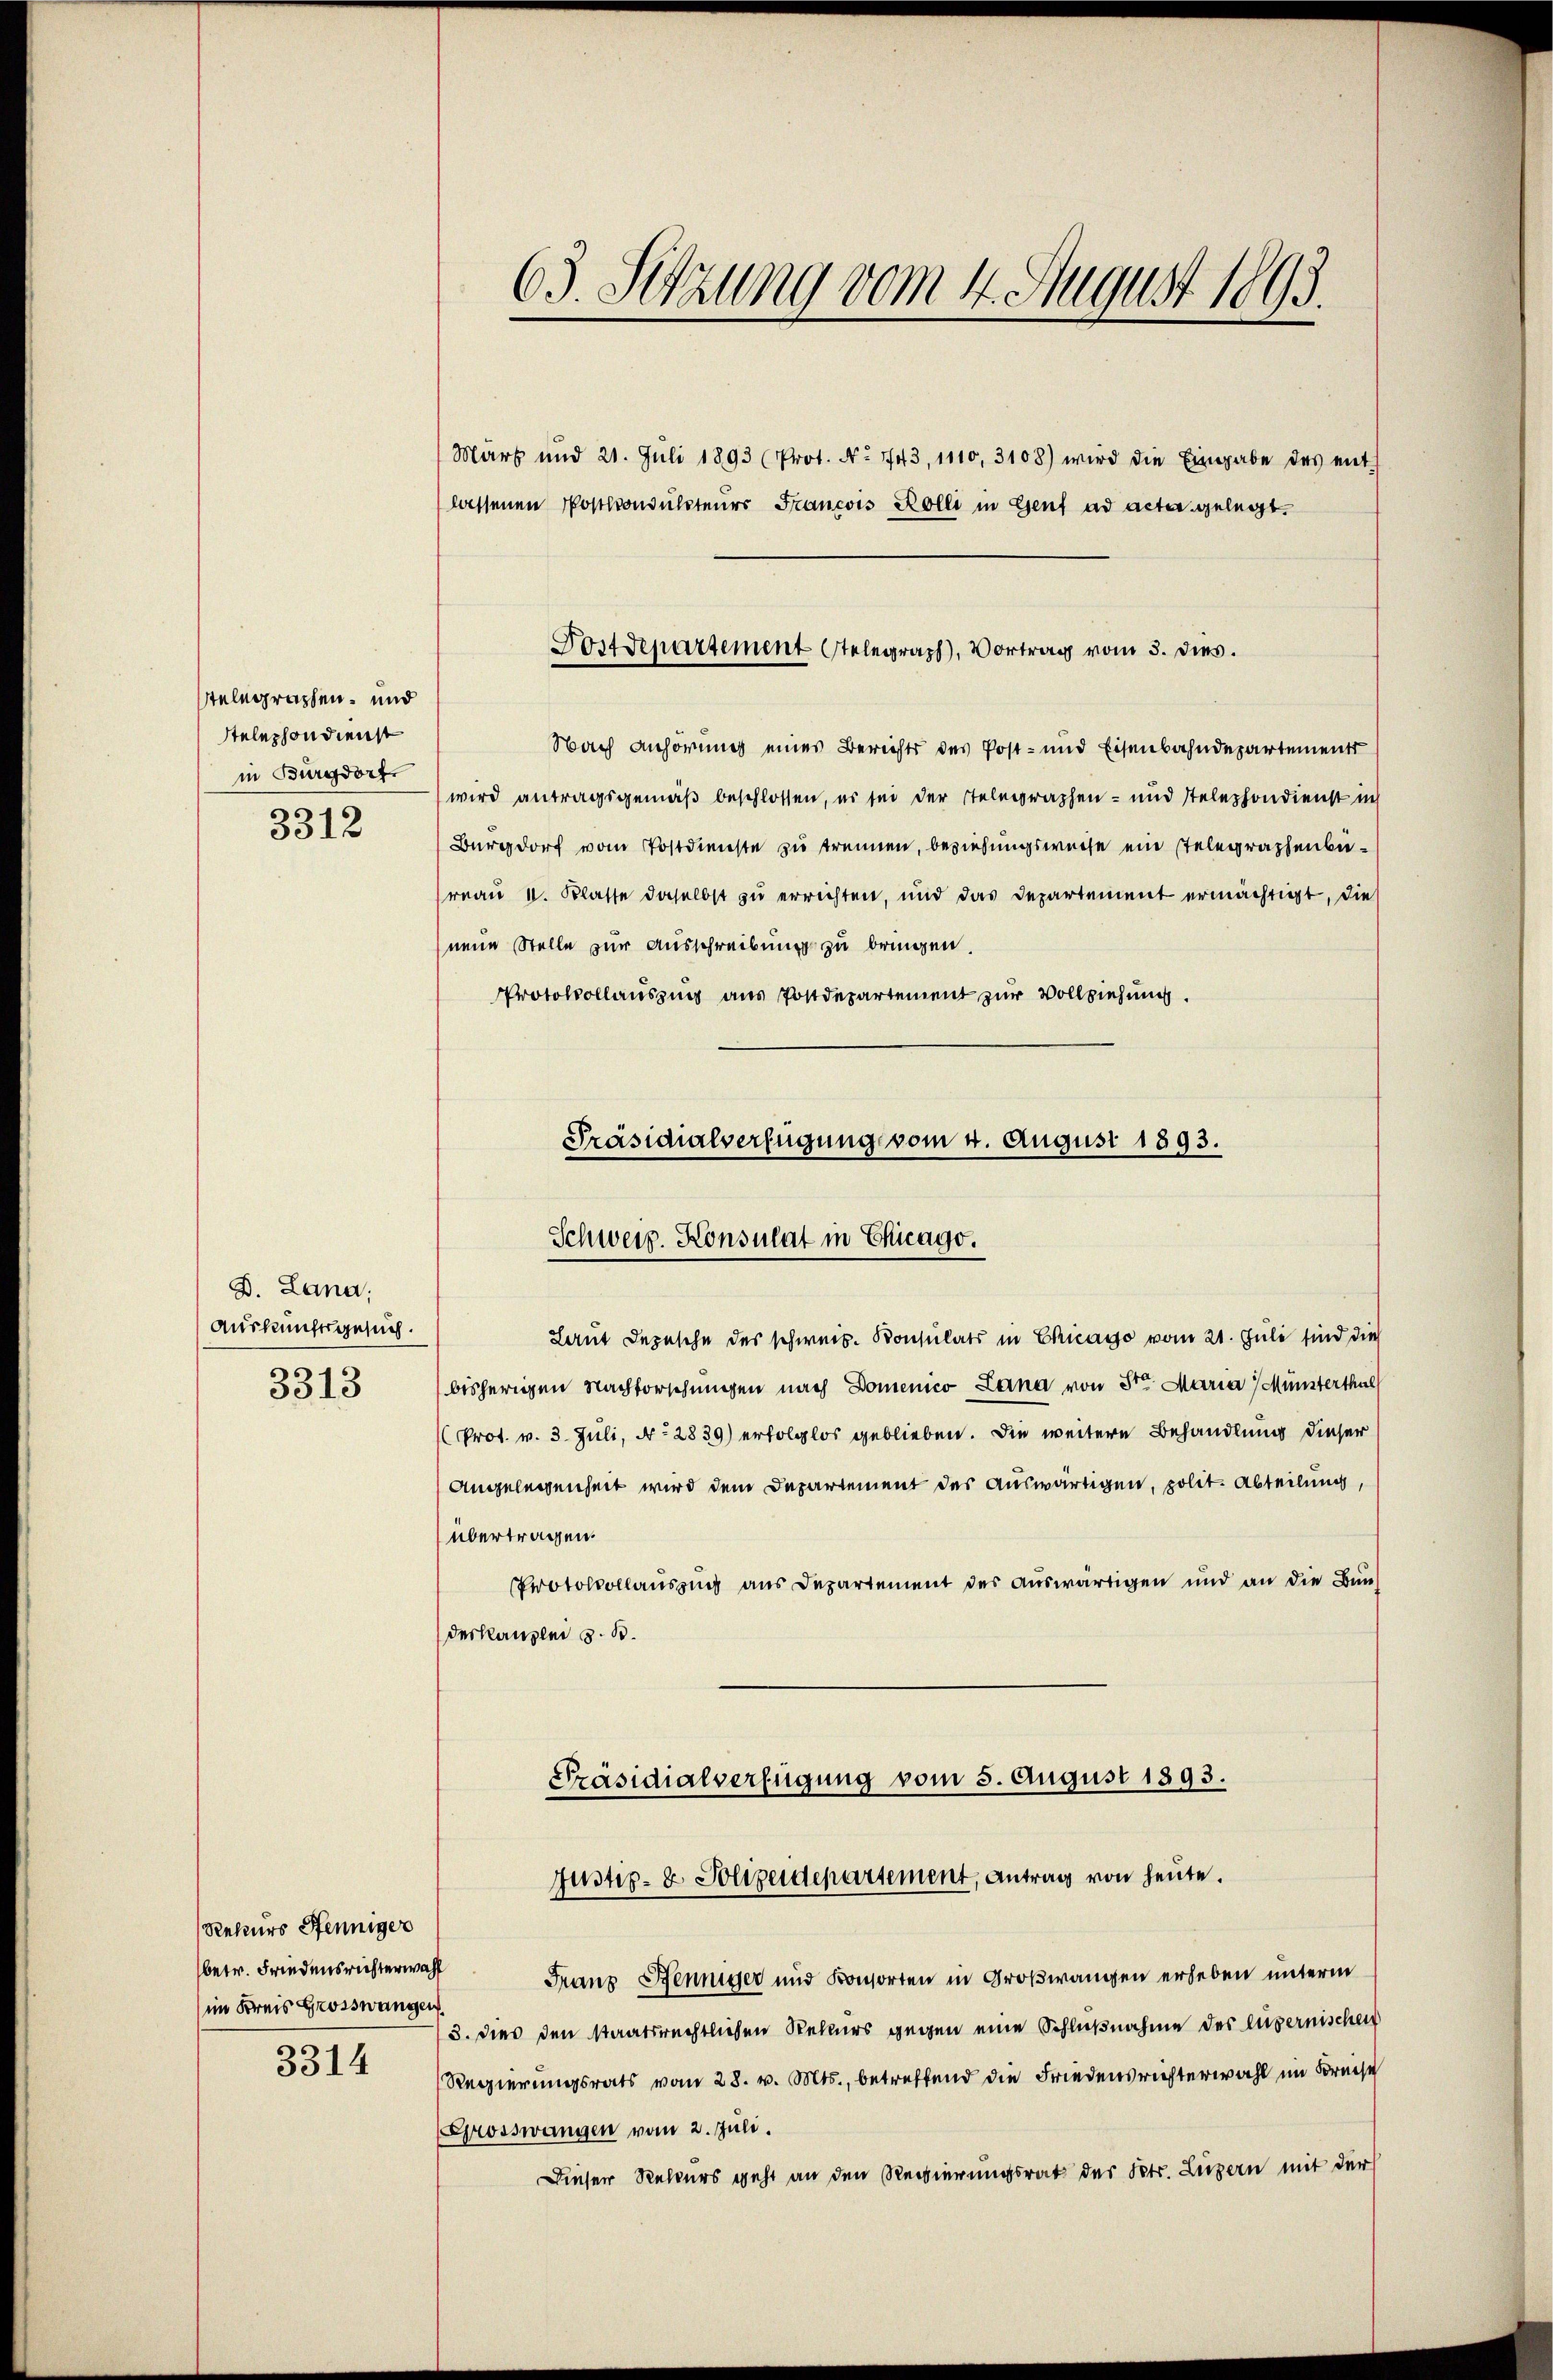
telegraphen- und
stelephon dienst
in Burgdorf.
3312

D. Lana;
Auskunftsgesuch.
3313

Rekurs Pfenniger
betr. Friedensrichterwahl
im Kreis Grosswangen
3314

März und 21. Juli 1893 (Prot. No. 1743, 1110, 3108) wird die Eingabe des ents
lassenen Postkonsulateurs Francois Kolli in Genf ad acta gelegt.
Nach Anhörung eines Berichts des Post- und Eisenbahndepartements
wird antragsgemäß beschlossen, es sei der Telegraphen- und stelephondienst in
Burgdorf vom Postdienste zu trennen, beziehungsweise ein Telegraphenbereau 1. Klasse daselbst zu errichten, und das Departement ermächtigt, die
neue Stelle zur Ausschreibung zu bringen.
Protokollauszug aus Postdepartement zur Vollziehung.
Präsidialverfügung vom 4. August 1893.

63. Sitzung vom 4. August 1893.

Dostdepartement telegraph, Vortrag vom 3. dies.

Schweiz. Konsulat in Chicago.

Justiz- & Polizeidepartement, Antrag von heute.

Laut Depesche des schweiz. Konsulats in Chicago vom 21. Juli sind dies
bisherigen Nachforschungen nach Domenico Lana von Sr. Maria Münsterthal
Prot. v. 3. Juli, N. 2839) erfolglos geblieben. Die weitere Behandlung dieser
Angelegenheit wird dem Departement des Auswärtigen, polit. Abteilung,
übertragen.
Protokollauszug aus Departement des auswärtigen und an die Bun-
deskanzlei z. B.
Präsidialverfügung vom 3. August 1893.

Franz Benniger und Konsorten in Großwangen erheben unterm
3. Dies den staatsrechtlichen Rekurs gegen eine Schlußnahme des lugernischen
Regierungsrats vom 28. v. Mts., betreffend die Friedensrichterwahl im Kreise
(Grosswangen vom 2. Juli.
Dieser Rekurs geht an den Regierungsrat des Petr. Luzern mit der